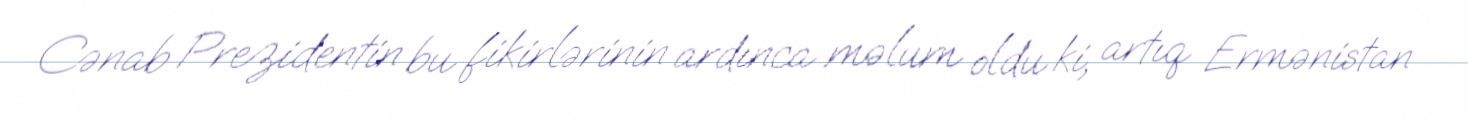
Cənab Prezidentin bu fikirlərinin ardınca məlum oldu ki, artıq Ermənistan